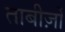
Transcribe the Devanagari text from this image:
ताबीज़ों